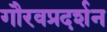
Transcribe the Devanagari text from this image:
गौरवप्रदर्शन